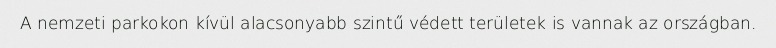
A nemzeti parkokon kívül alacsonyabb szintű védett területek is vannak az országban.